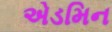
એડમિન